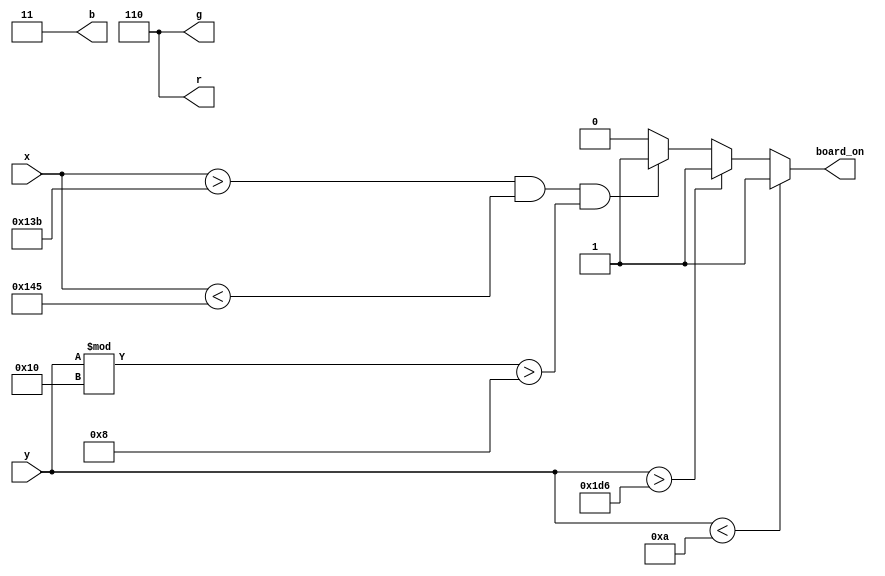
`timescale 1ns / 1ps
//////////////////////////////////////////////////////////////////////////////////
// Company: 
// Engineer: 
// 
// Design Name: 
// Module Name:    board 
// Project Name: 
// Target Devices: 
// Tool versions: 
// Description: 
//
// Dependencies: 
//
// Revision: 
// Revision 0.01 - File Created
// Additional Comments: 
//
//////////////////////////////////////////////////////////////////////////////////
module board_graphics(
    input [9:0] x, y,
    output board_on,
    output [2:0] r, g,
    output [1:0] b
    );

assign r=3'b110;
assign g=3'b110;
assign b=2'b11;

assign board_on =   y < 10 ? 1 : 
                    y > 470 ? 1 :
                    x > 315 && x < 325 && (y % 16) > 8 ? 1 :
                    0;

endmodule